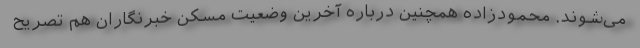
می‌شوند. محمودزاده همچنین درباره آخرین وضعیت مسکن خبرنگاران هم تصریح